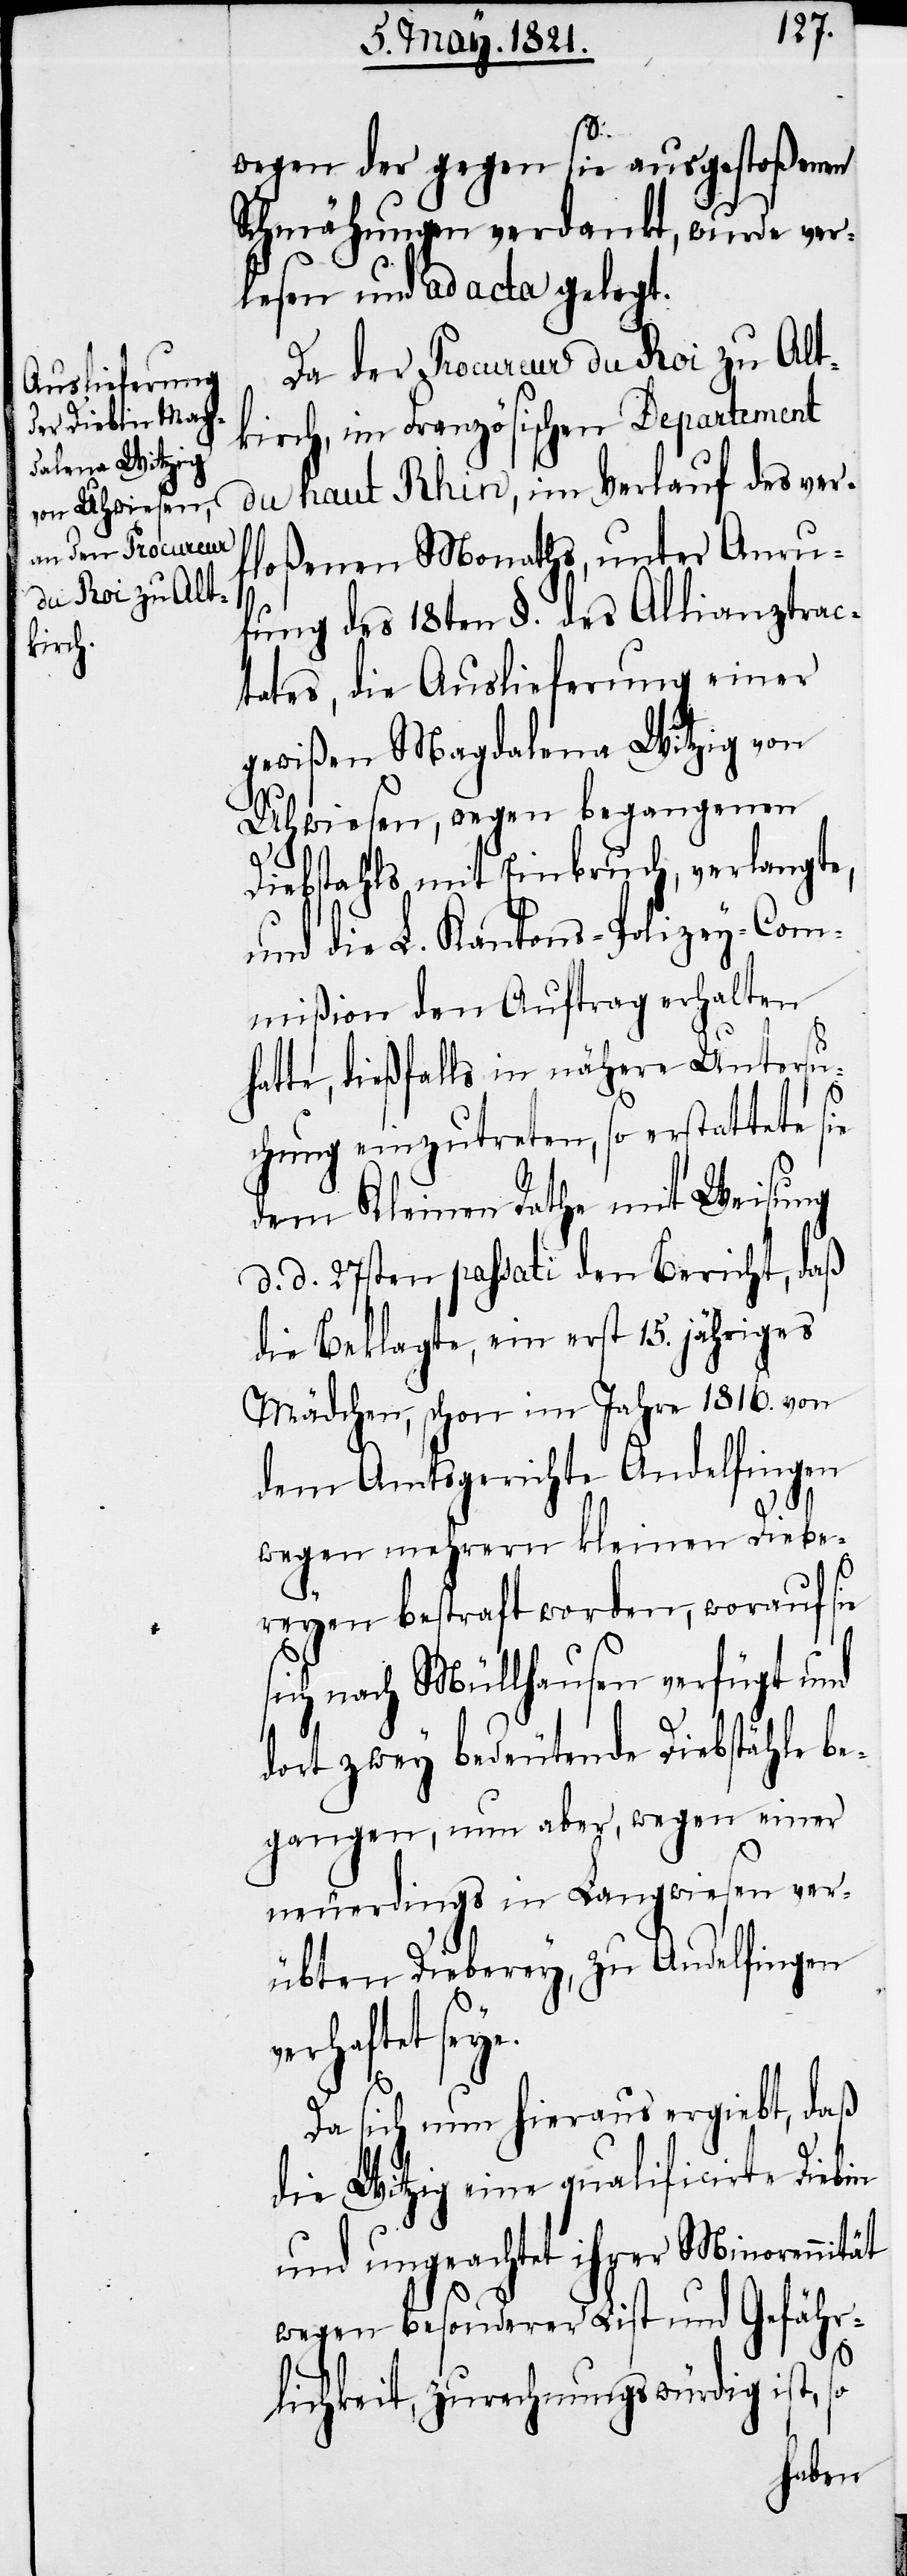
wegen der gegen sie ausgestoßenen
Schmähungen verdankt, wurde ver¬
lesen und ad acta gelegt.
Da der Procureur du Roi zu Alt¬
kirch, im Französischen Departement
du Haut Rhin, im Verlauf des verf¬
loßenen Monaths, unter Anru¬
fung des 18ten §. des Allianztrac¬
tates, die Auslieferung einer
gewißen Magdalena Witzig von
Uhwiesen, wegen begangenen
Diebstahls mit Einbruch, verlangte,
und die L. Kantons-Policey-Com¬
mißion den Auftrag erhalten
hatte, dießfalls in nähere Untersu¬
chung einzutreten, so erstattete sie
dem Kleinen Rathe mit Weisung
d. d. 27sten passati den Bericht, daß
die Beklagte, ein erst 15. jähriges
Mädchen, schon im Jahre 1816. von
dem Amtsgericht Andelfingen
wegen mehrerer kleinen Diebe¬
reyen bestraft worden, worauf sie
ich nach Müllhausen verfügt und
dort zwey bedeutende Diebstähle be¬
gangen, nun aber, wegen einer
neuerdings in Langwiesen ver¬
übten Dieberey, zu Andelfingen
Da sich nun hieraus ergibt, daß
die Witzig eine qualificirte Diebin
und ungeachtet ihrer Minorennität
wegen besonderer List und Gefähr¬
s¬
lichkeit, zurechnungswürdig ist, so